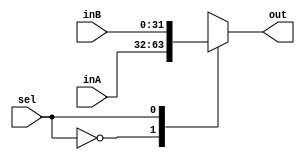
module mux(inA, inB, sel, out);

input wire [31:0] inA, inB;
input wire sel;
output reg [31:0] out;

always @(sel, inA, inB)
begin
case(sel)

0:
	out <= inA;
1:
	out <= inB;
endcase
end


endmodule

module ALU(clk, data1, data2, op, shiftAmt, overflow, result);

input wire clk;
input wire signed [31:0] data1,data2;
input wire [3:0] op;
input wire [4:0] shiftAmt;
output reg overflow;
output reg signed [31:0] result;

wire [31:0] neg_data2;
assign neg_data2 = -data2;

parameter ADD = 4'b0000;
parameter SUB = 4'b0001;
parameter AND = 4'b0010;
parameter OR = 4'b0011;
parameter SHFT_L = 4'b0100;
parameter SHFT_R_L = 4'b0101;
parameter SHFT_R_A = 4'b0110;
parameter GREATER = 4'b0111;
parameter LESS = 4'b1000;

always @(posedge clk)
begin
case(op)

ADD: 
	begin	
	result <= data1 + data2;
	if(data1[31] == data2[31] && result[31] == ~data1[31])
	overflow <= 1'b1;
	else
	overflow <= 1'b0;
	end

SUB:
	begin
	result <= data1 + neg_data2;
	if(data1[31] == neg_data2[31] && result[31] == ~data1[31])
	overflow <= 1'b1;
	else
	overflow <= 1'b0;
	end
	
AND:
	result <= data1 & data2;

OR:
	result <= data1 | data2;

SHFT_L:
	result <= data1 << shiftAmt;

SHFT_R_L:
	result <= data1 >> shiftAmt;

SHFT_R_A:
	result <= data1 >>> shiftAmt;

GREATER:
	begin
	if(data1 > data2)
	result <= 1;
	else
	result <= 0;
	end

LESS:
	begin
	if(data1 < data2)
	result <= 1;
	else
	result <= 0;
	end

endcase
end

endmodule

module regFile(clk, readReg1, readReg2, writeReg, writeData, writeEnb, readData1, readData2);

input clk;
input [4:0] readReg1, readReg2, writeReg;
input [31:0] writeData;
input writeEnb;
output reg [31:0] readData1, readData2;
reg [31:0] memory[0:31];


always@(readReg1, readReg2)
begin
readData1 <= memory[readReg1];
readData2 <= memory[readReg2];
end


always @(posedge clk)
begin
if(writeEnb == 1)
memory[writeReg] <= writeData;
end

endmodule

module testBench();

reg clk;
reg [4:0] readReg1, readReg2, writeReg;
reg [31:0] wd;
reg muxCtrl, writeEnb;
reg [3:0] op;
reg [4:0] shiftAmt;
wire overflow;
wire signed [31:0] result;
wire [31:0] writeData,readData1,readData2;

mux mux1(wd, result, muxCtrl, writeData);
regFile memory(clk, readReg1, readReg2, writeReg, writeData, writeEnb, readData1, readData2);
ALU myALU(clk, readData1, readData2, op, shiftAmt, overflow, result);

always
#5 clk = ~clk;

initial 
begin

$monitor("reg1 = %d  reg2 = %d  op = %d  result = %d  overflow = %d",readData1, readData2, op, result, overflow);

clk <= 0;

// assign 1 in memory[0]
writeReg <= 0;
muxCtrl <= 0;
wd <= 1;
writeEnb <= 1;

#20
//assign 5 in memory[1]
writeReg <= 1;
muxCtrl <= 0;
wd <= 5;
writeEnb <= 1;

#20
//assign 8 in memory[2]
writeReg <= 2;
muxCtrl <= 0;
wd <= 8;
writeEnb <= 1;

#20
//assign 25 in memory[3]
writeReg <= 3;
muxCtrl <= 0;
wd <= 25;
writeEnb <= 1;

#20
//add memory[0] and memory[1] then assign the result in memory[4]
writeEnb <= 1;
writeReg <= 4;
muxCtrl <= 1;
readReg1 <= 0;
readReg2 <= 1;
op <= 0;

#20
//sub memory[2] from memory[1] then assign the result in memory[5]
writeEnb <= 1;
writeReg <= 5;
muxCtrl <= 1;
readReg1 <= 1;
readReg2 <= 2;
op <= 1;


end

endmodule